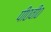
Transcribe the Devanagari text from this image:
पी०वी०